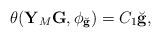
LaTeX: \begin{align*} \theta(\mathbf Y_M \mathbf G, \phi_{\breve{\mathbf g}}) = C_1 {\breve{\mathbf g}}, \end{align*}